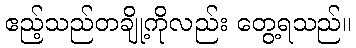
ဧည့်သည်တချို့ကိုလည်း တွေ့ရသည်။